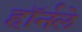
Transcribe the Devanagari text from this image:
हॉर्नले